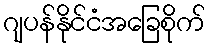
ဂျပန်နိုင်ငံအခြေစိုက်